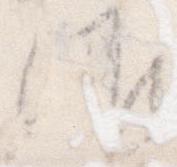
候